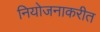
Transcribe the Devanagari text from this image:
नियोजनाकरीत